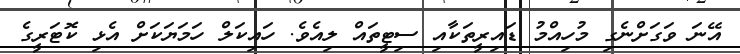
އޭނަ ވަގަށްނެގި މުހިއްމު ޑައިރީތަކާއި ސިޓީތައް ލިއެވެ. ހައިކަލް ހަމަޔަކަށް އެޅި ކޮޓަރީގެ